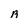
Character: R